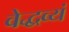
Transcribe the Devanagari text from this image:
वेद्धव्यं